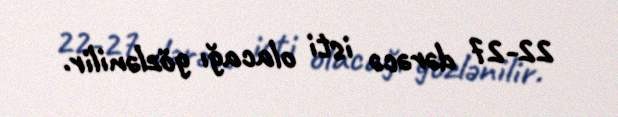
22-27 dərəcə isti olacağı gözlənilir.